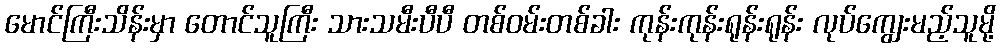
မောင်ကြီးသိန်းမှာ တောင်သူကြီး သားသမီးပီပီ တစ်ဝမ်းတစ်ခါး ကုန်းကုန်းရုန်းရုန်း လုပ်ကျွေးမည့်သူမို့